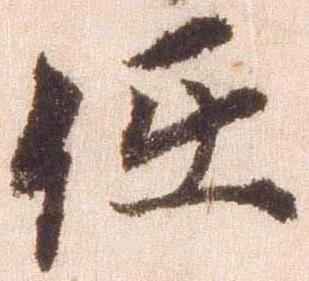
任